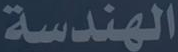
الهندسة